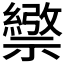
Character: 𥜄